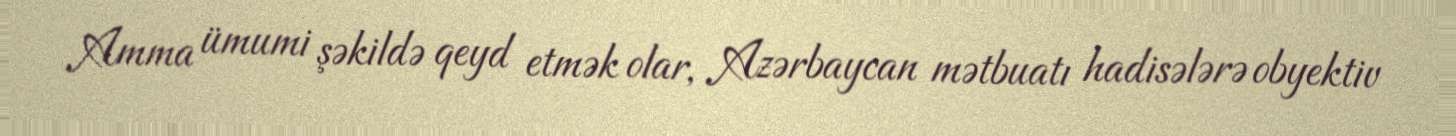
Amma ümumi şəkildə qeyd etmək olar, Azərbaycan mətbuatı hadisələrə obyektiv